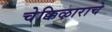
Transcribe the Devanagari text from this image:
चेक्किऴाराचे